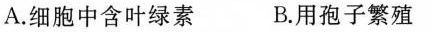
A.细胞中含叶绿素 B.用孢子繁殖